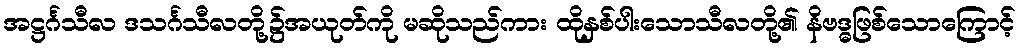
အဋ္ဌင်္ဂသီလ ဒသင်္ဂသီလတို့၌အယုတ်ကို မဆိုသည်ကား ထိုနှစ်ပါးသောသီလတို့၏ နိဗဒ္ဓဖြစ်သောကြောင့်